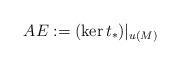
LaTeX: \begin{align*}AE:=(\ker t_{\ast})|_{u(M)}\end{align*}